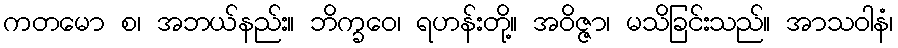
ကတမော စ၊ အဘယ်နည်း။ ဘိက္ခဝေ၊ ရဟန်းတို့။ အဝိဇ္ဇာ၊ မသိခြင်းသည်။ အာသဝါနံ၊